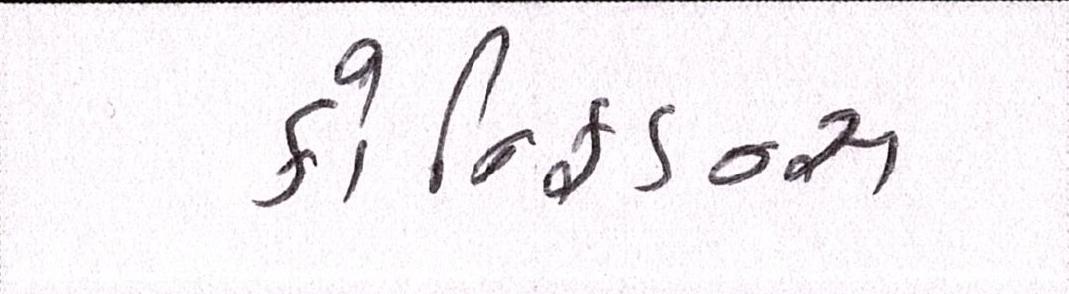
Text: કોન્ફિડન્સ